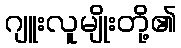
ဂျူးလူမျိုးတို့၏